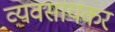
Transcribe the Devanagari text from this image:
व्यवसायकर